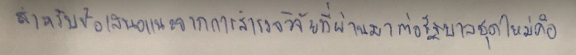
สำหรับข้อเสนอแนะจากการสำรวจวิจัยที่ผ่านมาต่อรัฐบาลชุดใหม่คือ